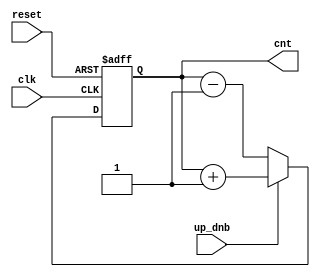

module up_dn_cntr (input clk , input reset,input up_dnb , output reg [3:0] cnt);
always @ (posedge clk , posedge reset)
begin
	if(reset)
		cnt <= 4'b0000;
	else 
	begin
		if(up_dnb)
			cnt <= cnt + 1;
		else
			cnt <= cnt - 1;
	end
end
endmodule